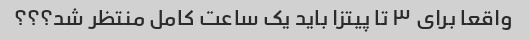
واقعا برای ۳ تا پیتزا باید یک ساعت کامل منتظر شد؟؟؟